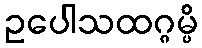
ဥပေါသထဂ္ဂမ္ပိ